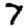
Digit: 7